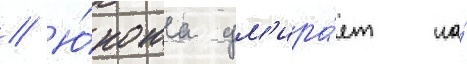
// Ю́ноша ум'ира́ет на́